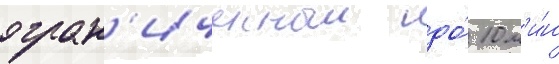
огран'иченныи до́ 10 м'и́н